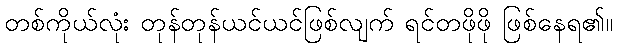
တစ်ကိုယ်လုံး တုန်တုန်ယင်ယင်ဖြစ်လျက် ရင်တဖိုဖို ဖြစ်နေရ၏။